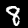
Digit: 8